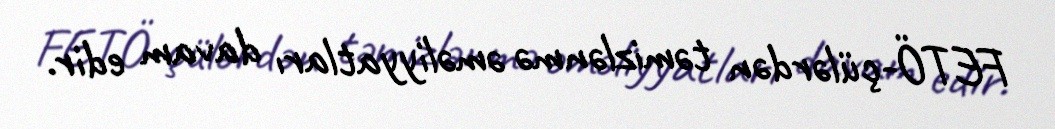
FETÖ-çülərdən təmizlənmə əməliyyatları davam edir.